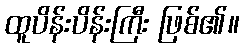
ထူပိန်းပိန်းကြီး ဖြစ်၏။